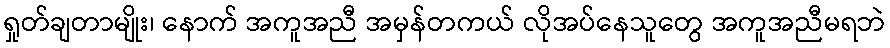
ရှုတ်ချတာမျိုး၊ နောက် အကူအညီ အမှန်တကယ် လိုအပ်နေသူတွေ အကူအညီမရဘဲ